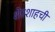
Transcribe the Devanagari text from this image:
शेरशाहची